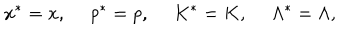
LaTeX: x ^ { * } = x , \ p ^ { * } = p , \ K ^ { * } = K , \ \Lambda ^ { * } = \Lambda ,